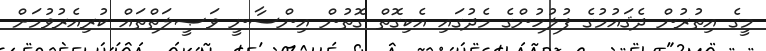
މީގެ އިތުރުން ދެޤައުމުގެ ފުލުހުންގެ މެދުގައި އެކިގޮތް ގޮތުން އިންސާނީ ވަޞީލަތްތައް ކުރިއެރުވުމަށް